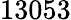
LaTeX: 13053